Annual report on the Civil Veterinary Department, Burma (including the Insein Veterinary School) - 1910-1922
Year: 1910
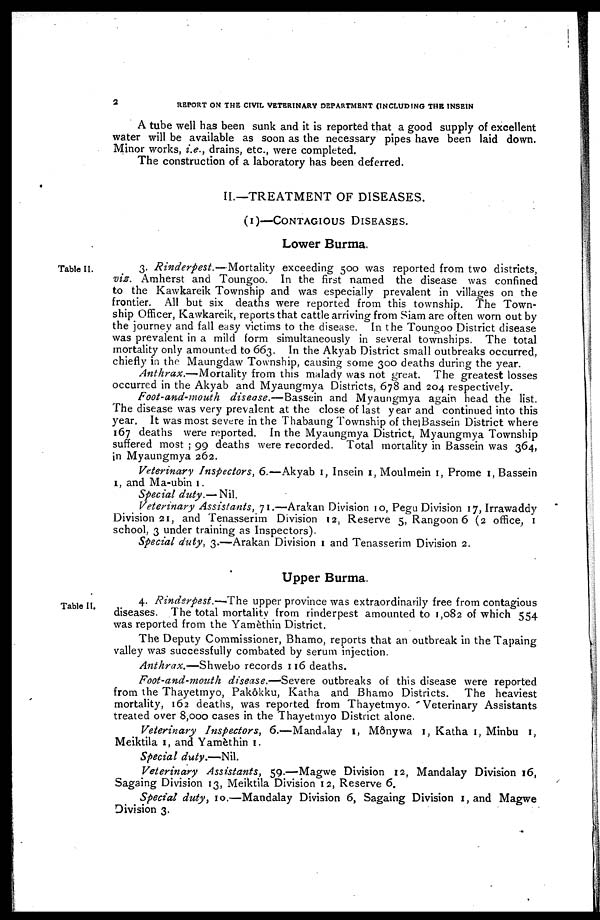
2
REPORT ON THE CIVIL VETERINARY DEPARTMENT (INCLUDING THE INSEIN
A tube well has been sunk and it is reported that a good supply of excellent
water will be available as soon as the necessary pipes have been laid down.
Minor works, i.e., drains, etc., were completed.
The construction of a laboratory has been deferred.
II.—TREATMENT OF DISEASES.
(1)—CONTAGIOUS DISEASES.
Lower Burma.
Table II.
3. Rinderpest.—Mortality
exceeding 500 was reported from two districts,
viz. Amherst and Toungoo. In the first named the disease was confined
to the Kawkareik Township and was especially prevalent in villages on the
frontier. All but six deaths were reported from this township. The Town-
ship Officer, Kawkareik, reports that cattle arriving from Siam are often worn out by
the journey and fall easy victims to the disease. In the Toungoo District disease
was prevalent in a mild form simultaneously in several townships. The total
mortality only amounted to 663. In the Akyab District small outbreaks occurred,
chiefly in the Maungdaw Township, causing some 300 deaths during the year.
Anthrax.—Mortality
from this malady was not great. The greatest losses
occurred in the Akyab and Myaungmya Districts, 678 and 204 respectively.
Foot-and-mouth
disease.—Bassein
and Myaungmya again head the list.
The disease was very prevalent at the close of last year and continued into this
year. It was most severe in the Thabaung Township of the Bassein District where
167 deaths were reported. In the Myaungmya District, Myaungmya Township
suffered most ; 99 deaths were recorded. Total mortality in Bassein was 364,
in Myaungmya 262.
Veterinary Inspectors, 6.—Akyab 1, Insein 1, Moulmein 1, Prome 1, Bassein
1, and Ma-ubin 1.
Special duty.— Nil.
Veterinary Assistants, 71.—Arakan Division 10, Pegu Division 17, Irrawaddy
Division 21, and Tenasserim Division 12, Reserve 5, Rangoon 6 (2 office, 1
school, 3 under training as Inspectors).
Special duty, 3.—Arakan Division 1 and Tenasserim Division 2.
Upper Burma.
Table II.
4. Rinderpest.—The
upper province was extraordinarily free from contagious
diseases. The total mortality from rinderpest amounted to 1,082 of which 554
was reported from the Yamèthin District.
The Deputy Commissioner, Bhamo, reports that an outbreak in the Tapaing
valley was successfully combated by serum injection.
Anthrax.—Shwebo
records 116 deaths.
Foot-and-mouth
disease.—Severe
outbreaks of this disease were reported
from the Thayetmyo, Pakôkku, Katha and Bhamo Districts. The heaviest
mortality, 162 deaths, was reported from Thayetmyo. Veterinary Assistants
treated over 8,000 cases in the Thayetmyo District alone.
Veterinary
Inspectors, 6.—Mandalay 1, Mônywa 1, Katha 1, Minbu 1,
Meiktila 1, and Yamèthin 1.
Special
duty.—Nil.
Veterinary
Assistants,
59.—Magwe Division 12, Mandalay Division 16,
Sagaing Division 13, Meiktila Division 12, Reserve 6.
Special duty, 10.—Mandalay Division 6, Sagaing Division 1, and Magwe
Division 3.